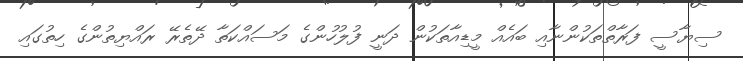
ސިޔާސީ ފަރާތްތަކުންނާއި ބައެއް މީޑިއާތަކުން ދަނީ ފުލުހުންގެ މަސައްކަތާ ދޭތެރޭ ރައްޔިތުންގެ ހިތުގައި